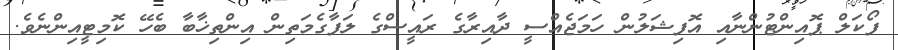
ފޯކަލް ޕޮއިންޓުންނާއި އޮފިޝަލުން ހަމަޖެއްސީ ދާއިރާގެ ރައީސްގެ ލަފާގެމަތިން އިންތިޚާބާ ބެހޭ ކޮމިޓީއިންނެވެ.